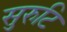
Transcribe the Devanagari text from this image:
सुरुटि